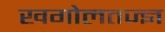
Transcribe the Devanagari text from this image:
खगोलतज्ज्ञ